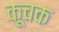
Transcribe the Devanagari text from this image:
कूचक